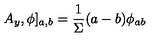
A _ { y } , \phi ] _ { a , b } = \frac { 1 } { \Sigma } ( a - b ) \phi _ { a b }